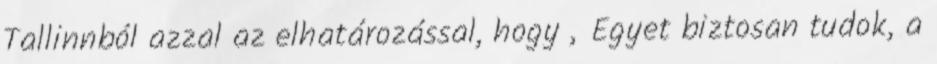
Tallinnból azzal az elhatározással, hogy „Egyet biztosan tudok, a